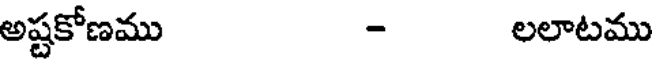
అష్టకోణము - లలాటము